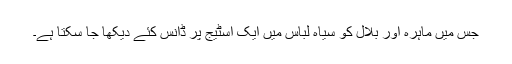
جس میں ماہرہ اور بلال کو سیاہ لباس میں ایک اسٹیج پر ڈانس کئے دیکھا جا سکتا ہے۔